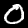
Label: 0